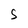
Character: S